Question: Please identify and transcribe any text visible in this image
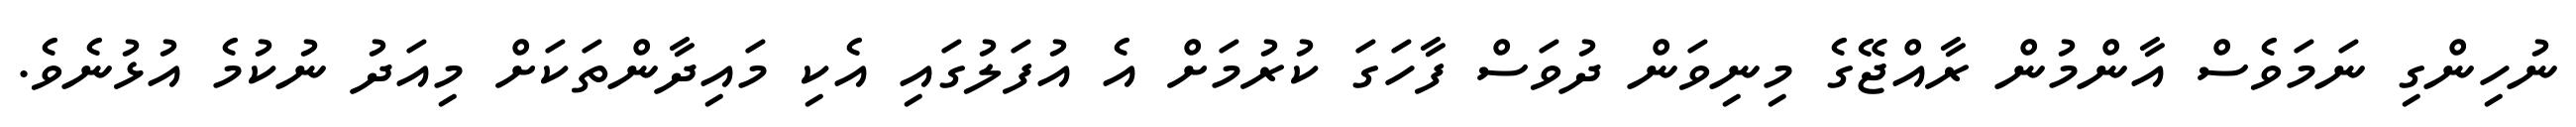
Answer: ނުހިންގި ނަމަވެސް އާންމުން ރާއްޖޭގެ މިނިވަން ދުވަސް ފާހަގަ ކުރުމަށް އެ އުފަލުގައި އެކި މައިދާންތަކަށް މިއަދު ނުކުމެ އުޅުނެވެ.